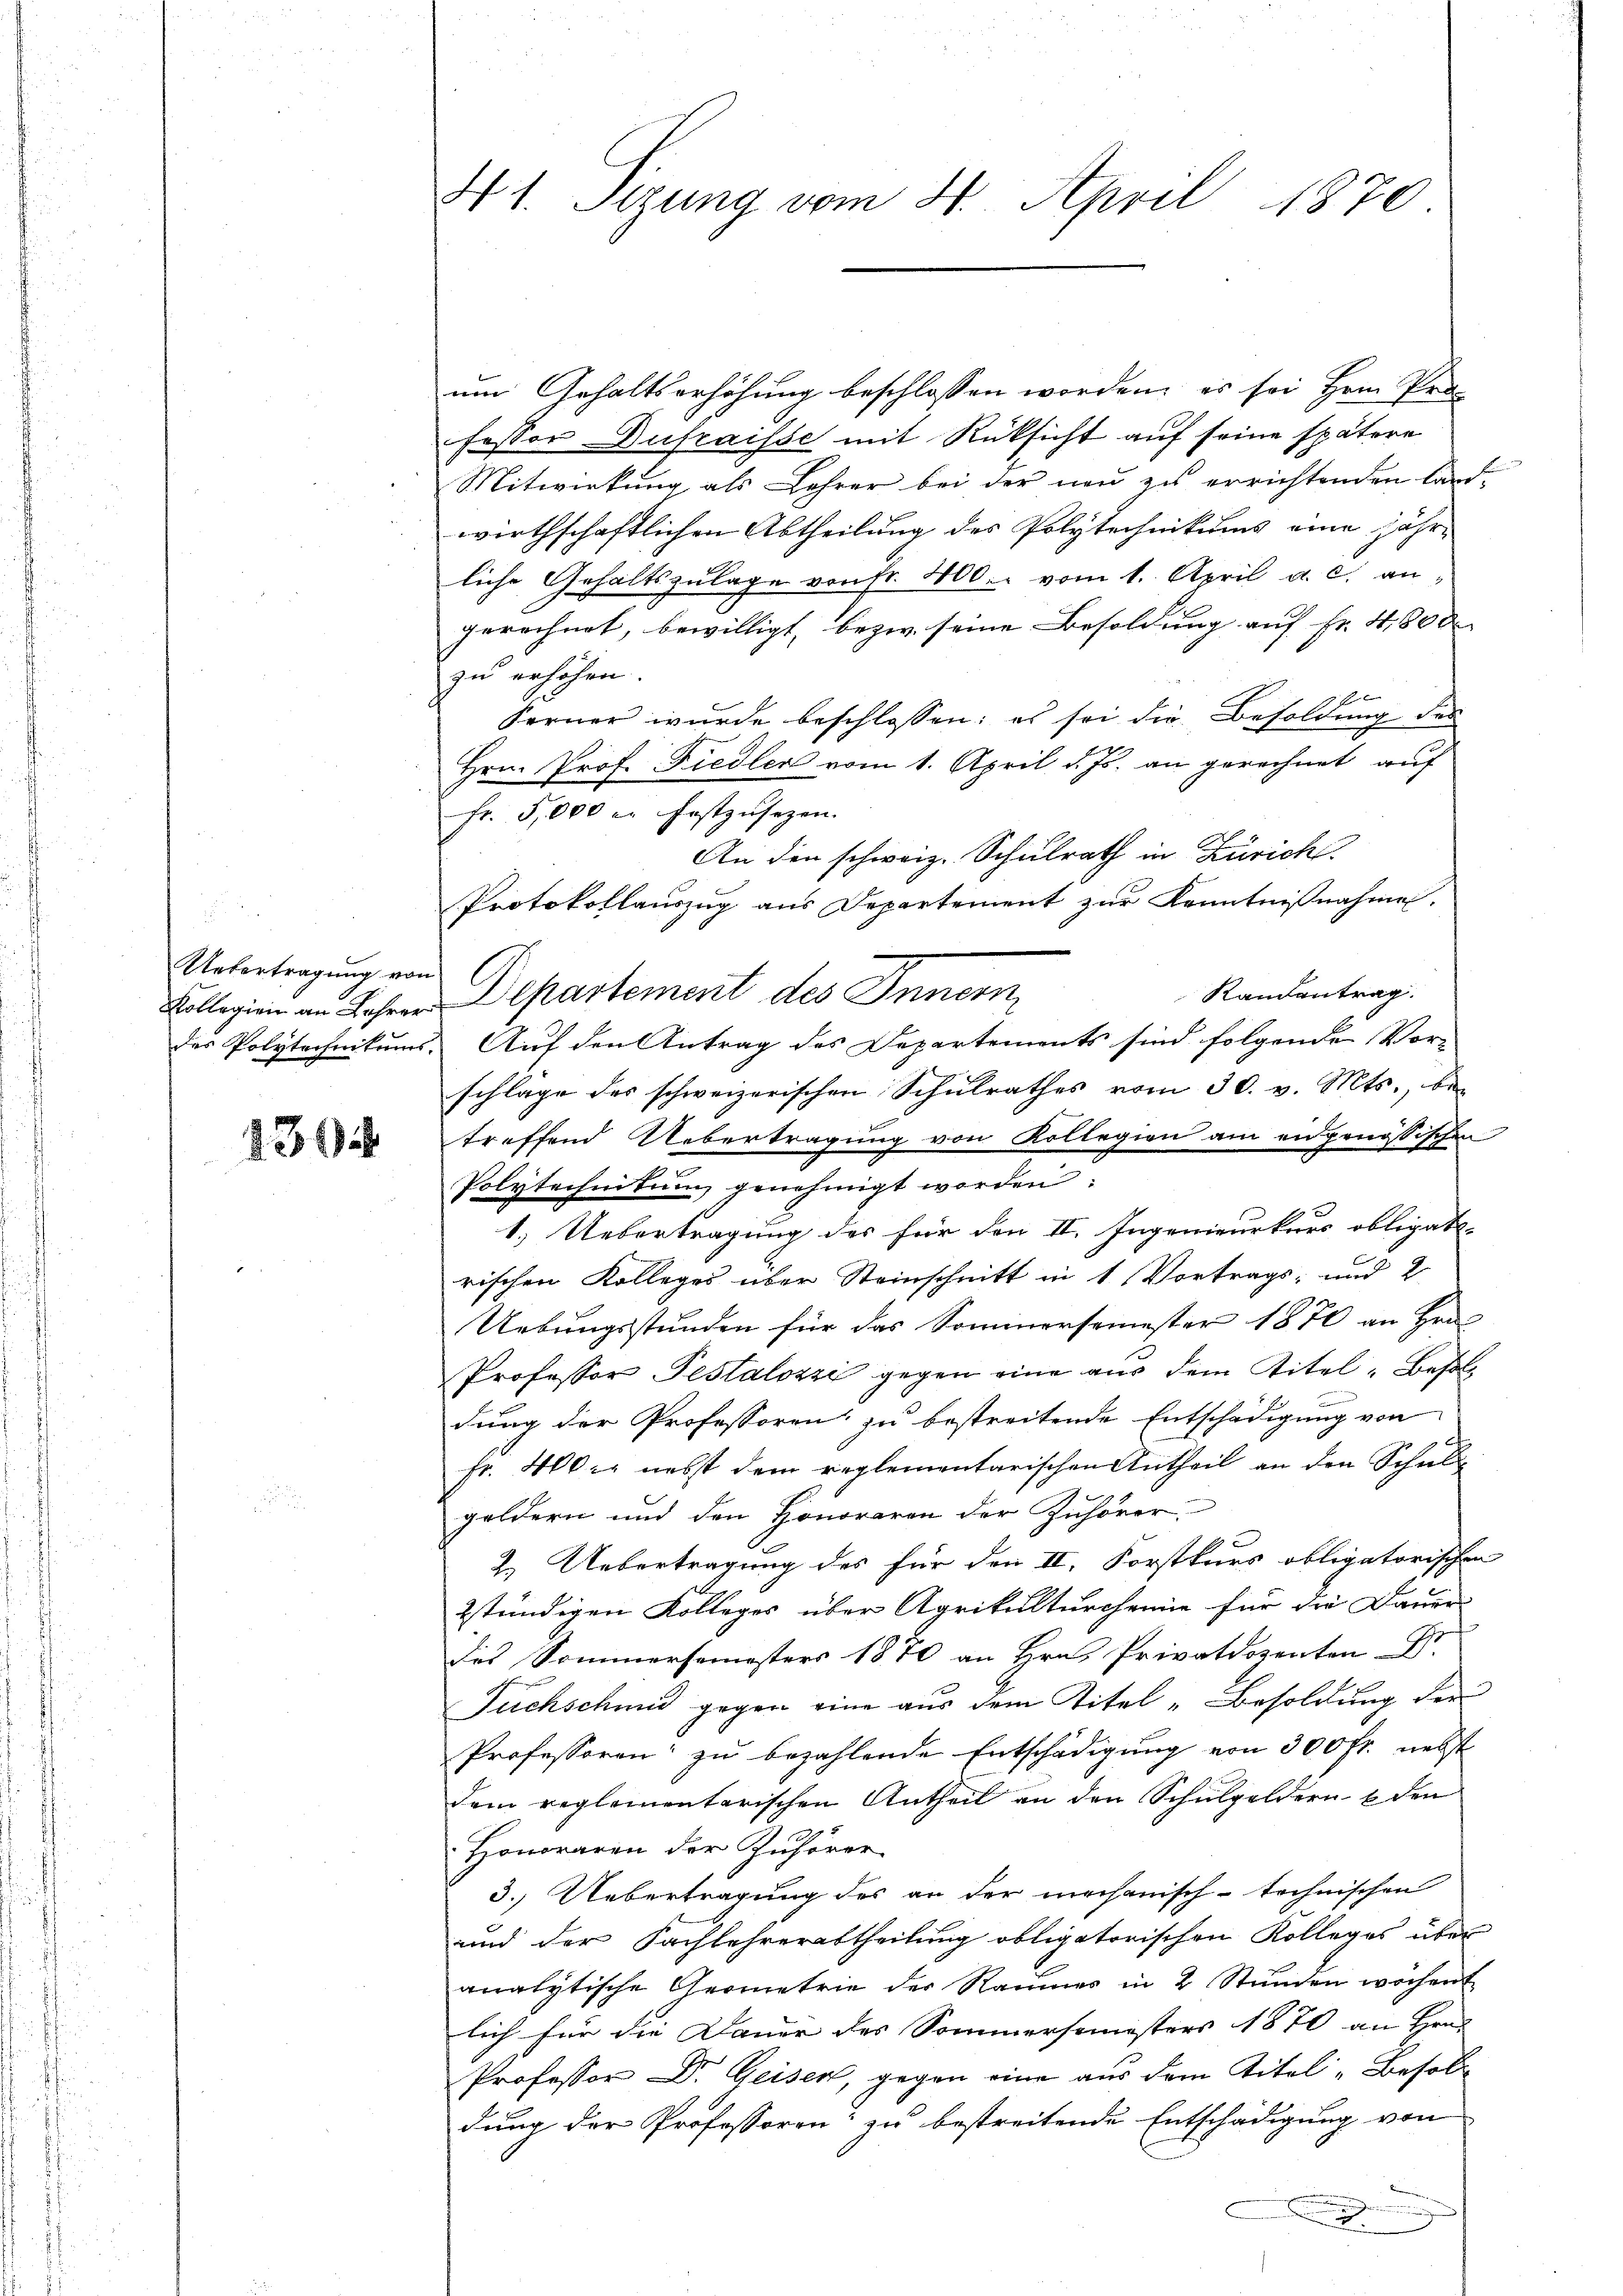
Uebertragung von

1302

N 1. Sizung vom 4. April 1870.

um Gehaltserhöhung beschlossen worden, es sei Hrrn Pro-
fessor Dufraisse mit Rüksicht auf seine spätere
Mitwirkung als Lehrer bei der neu zu errichtenden Land-
wirthschaftlichen Abtheilung des Polytechnikums eine jähr-
liche Gehaltszŭlage von fr. 400.- vom 1. April a. c. an-
gerechnet, bewilligt, bezw. seine Besoldung auf Fr. 4800
zu erhöhen.
Ferner wurde beschlossen: es sei die Besoldung des
Hrn. Prof. Fiedler vom 1. April d. Js. an gerechnet, auf
Fr. 5,000 in festzusetzen.
An den schweiz. Schulrath in Zürich
Protokollauszug aus Departement zur Kenntnißnahme.
Randantrag.
Collegien an Jahren Departement des Innern,
der Polytechnikums. Auf den Antrag des Departements sind folgende Vor-
schläge des schweizerischen Schulrathes vom 30. v. Mts., be-
treffend Uebertragung von Kollegien am eidgenössischen
Polytechnikum genehmigt worden:
1.) Uebertragung des für den II. Ingenieurkurs obligat-
rischen Kolleges über Steinschnitt in 1 Vortrags- und 2
Uebungsstunden für das Sommersemester 1870 an Hrn.
Professor Pestalozzi gegen eine aus dem Titel-Besoldung der Professoren zu bestreitende Entschädigung von
fr. 400 er nebst dem reglementarischen Antheil an den Schulgeldern und den Honoraren der Zuhörer,
2.) Uebertragung des für den II. Forstkurs obligatorischen
2stündigen Kolleges über Agrikulturcheine für die Dauer-
des Sommersemesters 1870 an Hrn. Privatdozenten Dr.
Fuchschund gegen eine aus dem Titel-Besoldung der
Professoren zu bezahlende Entschädigung von 300 fr. nebst
dem reglementarischen Antheil an den Schulgeldern & den
Honoraren der Zuhörer
3. Uebertragung des an der mechanisch-technischen
und der Fachlehrerabtheilung obligatorischen Kolleges über
analytische Geometrie der Raumes in 2 Stunden wochent
lich für die Dauer des Sommersemesters 1870 an Hrn.
Professor Dr. Geisen, gegen eine aus dem Titel „Besoldung der Professoren zu bestreitende Entschädigung von
.